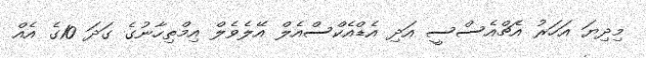
މިދިޔަ އަހަރު އެޗްއެސްސީ އަދި އެޑްއެކްސްއެލް އޭލެވެލް އިމްތިހާނުގެ ގަދަ 10ގެ އެއް